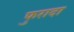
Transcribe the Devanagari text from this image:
फुरादा